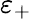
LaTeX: \varepsilon_{+}